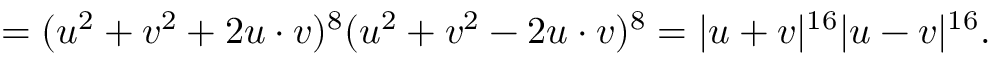
= ( u ^ { 2 } + v ^ { 2 } + 2 u \cdot v ) ^ { 8 } ( u ^ { 2 } + v ^ { 2 } - 2 u \cdot v ) ^ { 8 } = | u + v | ^ { 1 6 } | u - v | ^ { 1 6 } .